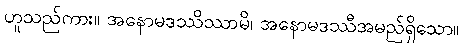
ဟူသည်ကား။ အနောမဒဿိဿာမိ၊ အနောမဒဿီအမည်ရှိသော။